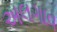
અલગાવ